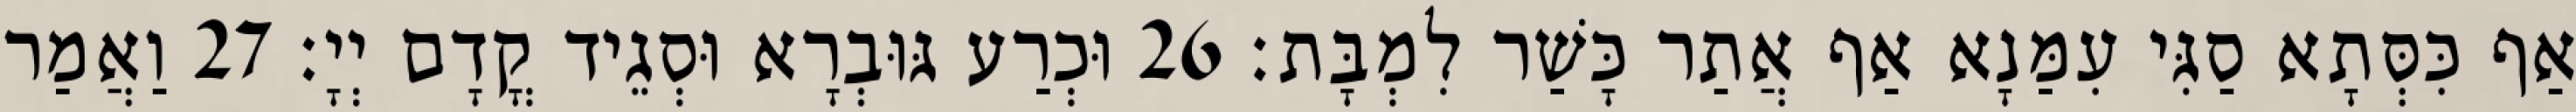
אַף כִּסְּתָא סַגִּי עִמַּנָא אַף אֲתַר כָּשַׁר לִמְבָּת׃ 26 וּכְרַע גּוּבְרָא וּסְגֵיד קֳדָם יְיָ׃ 27 וַאֲמַר